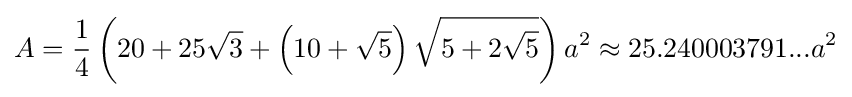
A={\frac {1}{4}}\left(20+25{\sqrt {3}}+\left(10+{\sqrt {5}}\right){\sqrt {5+2{\sqrt {5}}}}\right)a^{2}\approx 25.240003791...a^{2}